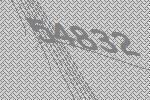
54832